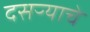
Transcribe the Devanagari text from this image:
दसऱ्याचे